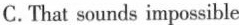
C.That sounds impossible